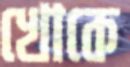
খোকে